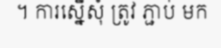
។ ការស្នើសុំ ត្រូវ ភ្ជាប់ មក